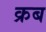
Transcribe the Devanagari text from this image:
क्रब